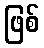
ဖြစ်